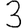
Digit: 3